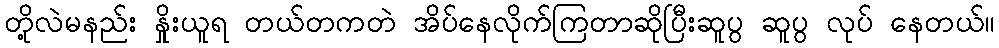
တို့လဲမနည်း နှိုးယူရ တယ်တကတဲ အိပ်နေလိုက်ကြတာဆိုပြီးဆူပွ ဆူပွ လုပ် နေတယ်။